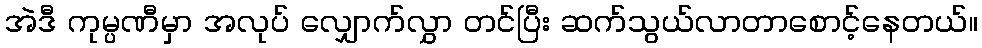
အဲဒီ ကုမ္ပဏီမှာ အလုပ် လျှောက်လွှာ တင်ပြီး ဆက်သွယ်လာတာစောင့်နေတယ်။